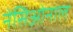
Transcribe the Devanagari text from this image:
नेसिओनाल